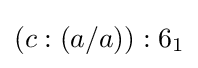
(c:(a/a)):6_{1}